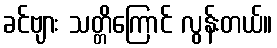
ခင်ဗျား သတ္တိကြောင် လွန်းတယ်။